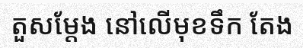
តួសម្តែង នៅលើមុខទឹក តែង